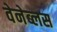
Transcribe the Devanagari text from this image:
वेनेब्लस